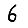
Digit: 6